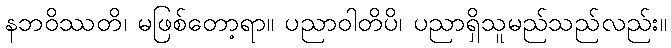
နဘဝိဿတိ၊ မဖြစ်တော့ရာ။ ပညာဝါတိပိ၊ ပညာရှိသူမည်သည်လည်း။